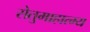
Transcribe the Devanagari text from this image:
सेतुमाहात्म्य